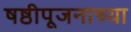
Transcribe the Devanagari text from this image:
षष्ठीपूजनाच्या